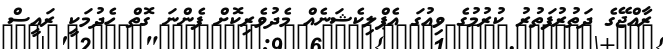
ރާއްޖޭގެ ދަތުރުފަތުރު ކުރުމުގެ ވިއުގަ އެޕްލިކެޝަނެއް މެދުވެރިކޮށް ފެންނަ ގޮތް ހެދުމަކީ ރައީސް